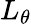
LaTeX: L_{\theta}